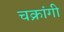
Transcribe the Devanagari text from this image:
चक्रांगी